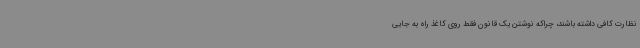
نظارت کافی داشته باشند، چراکه نوشتن یک قانون فقط روی کاغذ راه به جایی